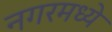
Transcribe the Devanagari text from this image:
नगरमध्ये